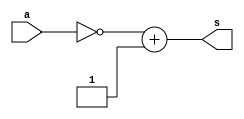
// Exercicio07
// Wadson Gomes Ferreira
// 460631

module complementoDois(output[7:0] s,input[7:0] a);
       assign s=(~a)+8'b00000001;
endmodule

module teste;
        reg[7:0] entrada;
        wire[7:0] saida;
        complementoDois C2(saida,entrada);
        initial begin
                #1 //declarando monitor, valores indeterminados. (x)
                   $monitor("entrada=%b -> saida=%b",entrada,saida);
                #1 //teste 1
                   entrada=8'b00000001;
                #1 //teste 2
                   entrada=8'b11111111;
        end
endmodule